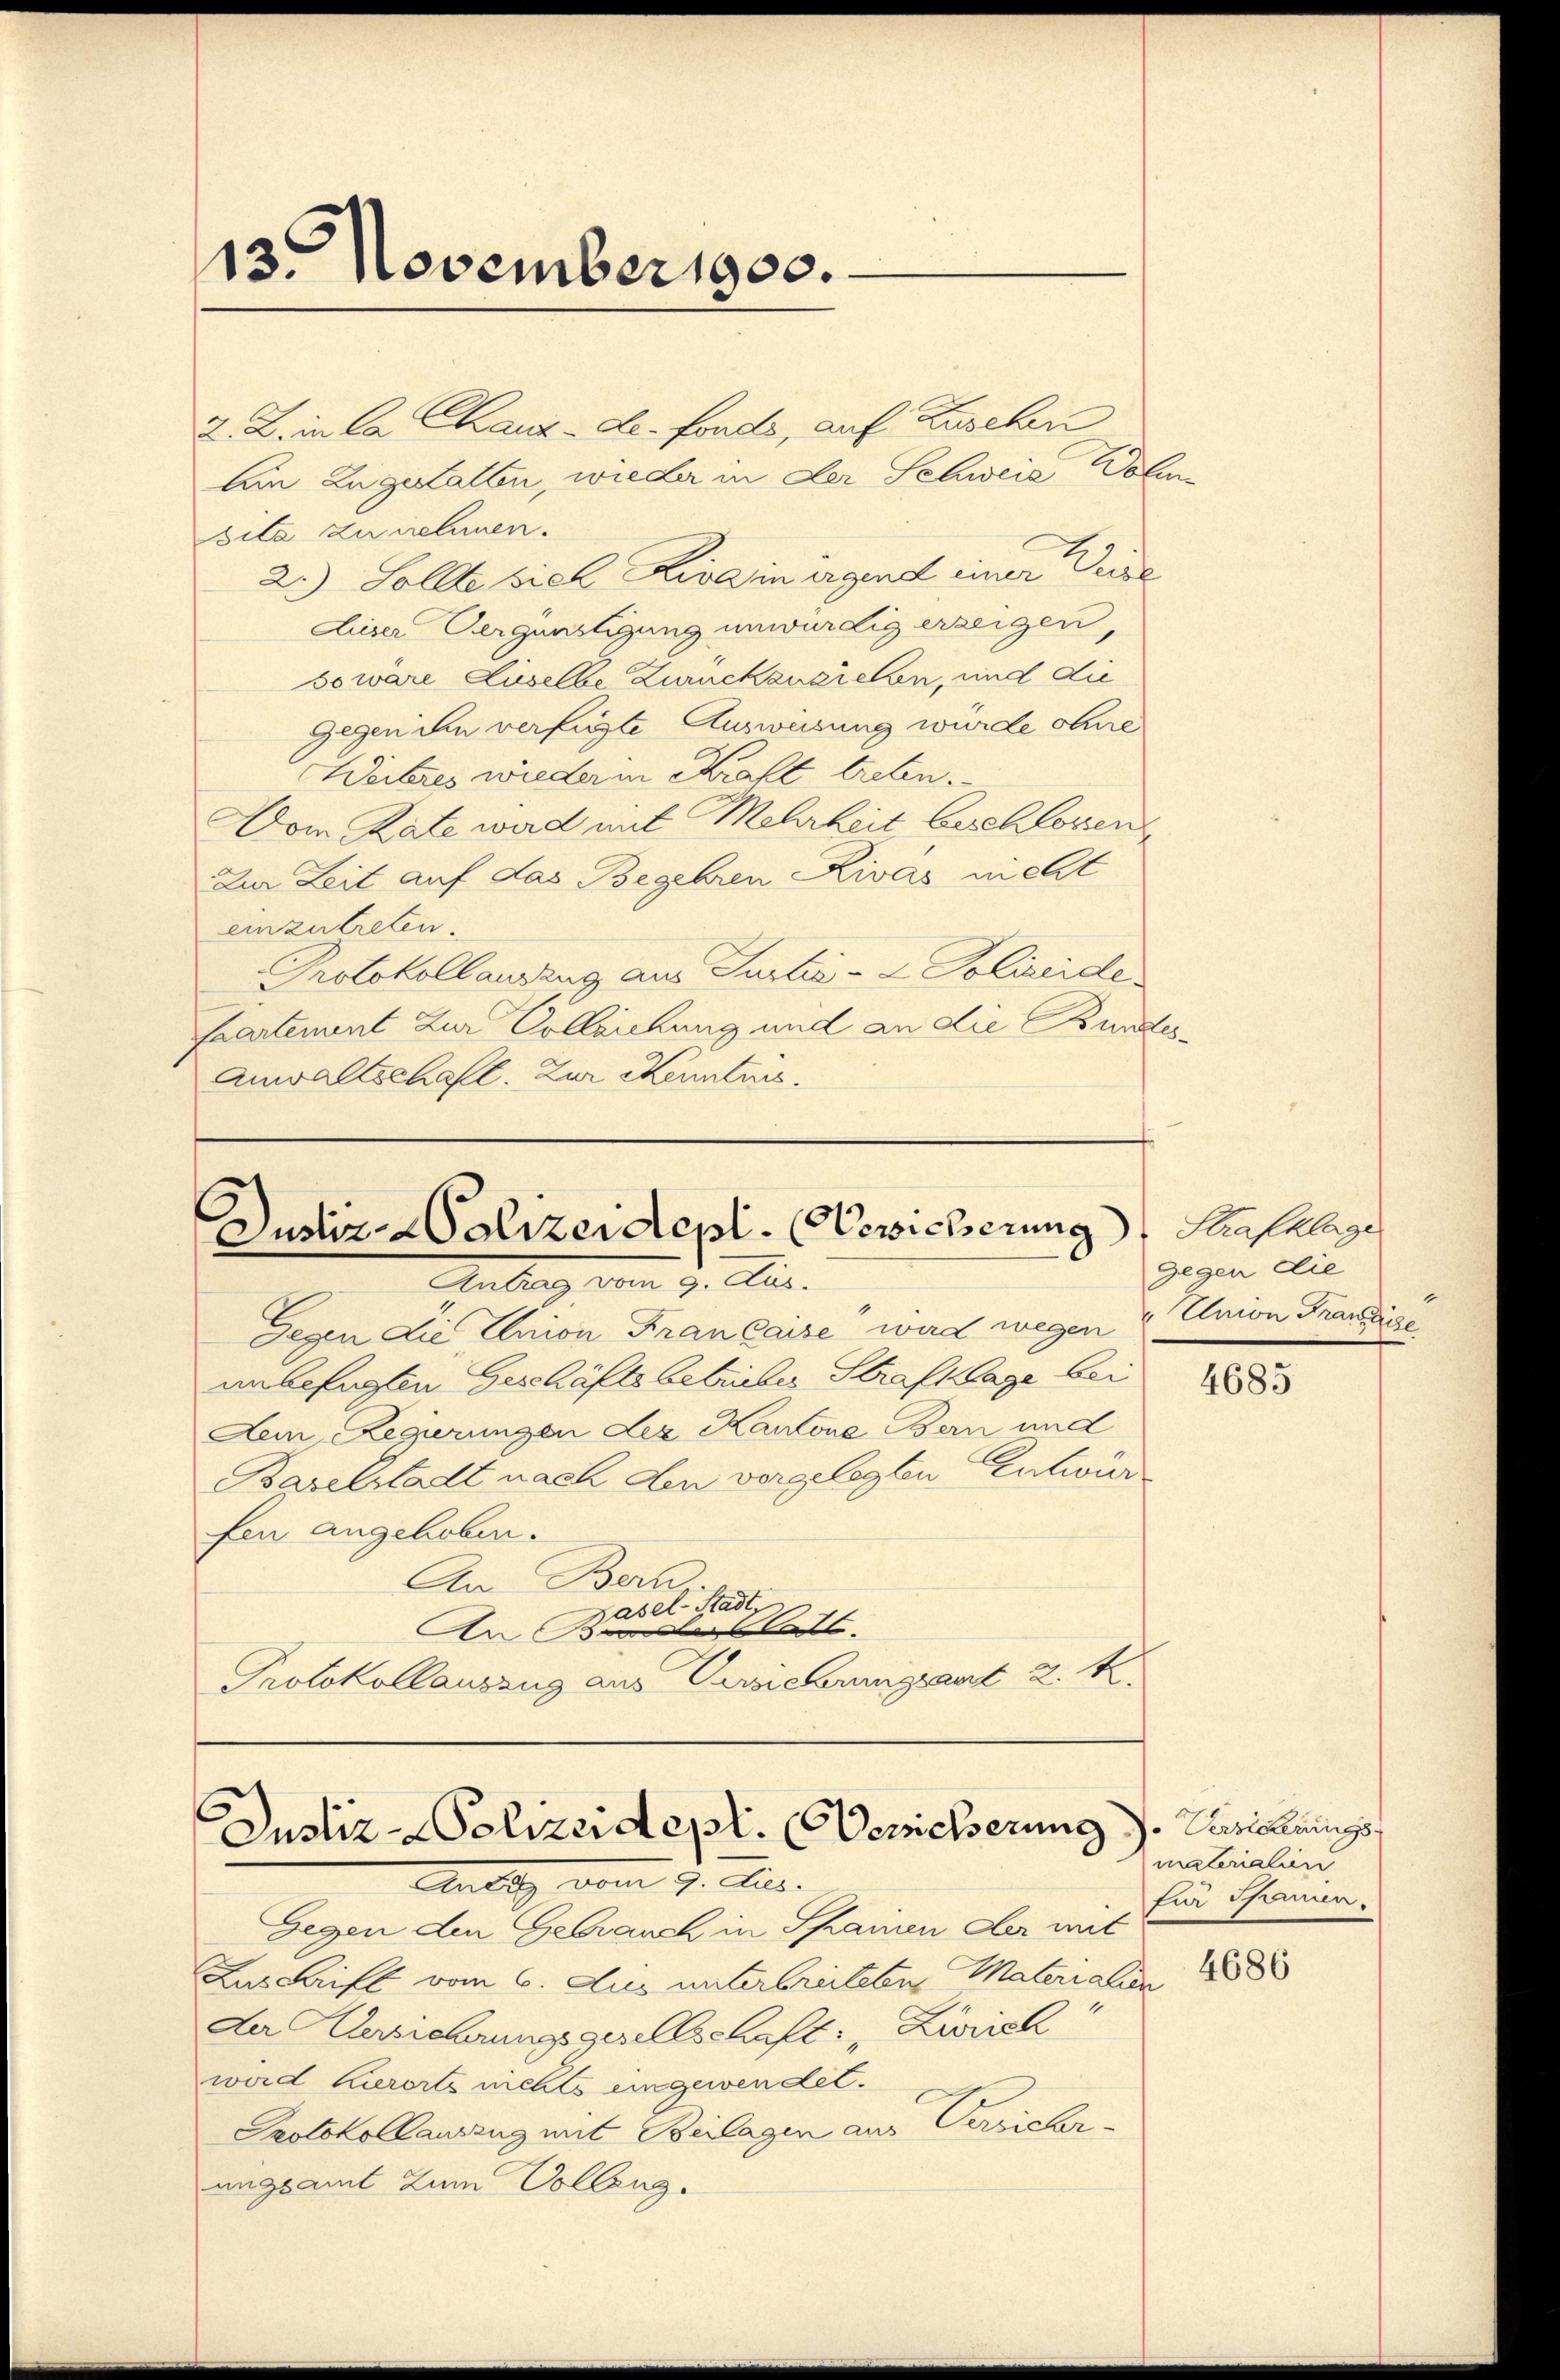
13. November 1900.

2. Z. in Ca Chaux-de-Fonds, auf Zuschen
Ain Zugestatten, wieder in der Schweid Volsita zu nehmen.
2.) Sollte viel Riva in irgend einer Weise
Aiser Vergünstigung unwürdig erzeigen,
soware Liselbe Zuckenziehen, und die
Gegen ihn verfügte Ausweisung wurde ohne
Werkeres wieder in Kraft treten.
Dem Rate wird mit Mehrheit beschlossen
Zur Zeit auf das Begehren Rivas nicht
einzutreten.
Protokollauszug aus Justiz- & Polizeide
Cartement zur Colleichung und an die Bundes¬
Anwaltschaft. Zur Kenntnis.

Justiz-Polizeident. Bericherung Haselige
Antrag vom J. Elis.

Gegen die Union Frankaise ward wegen 4 Union Franzige
unbefugten Geschäfts betrüber Strafklage bei
Lem Regierungen der Kantone Bern und
Baselstadt nach den vorgelegten Entwur
fen angehoben.
An Bern
Hasel-Stadt
An Berat
Protokollauszug aus Versicherungsant 2. k.

Justiz-Polizeidept. (Bericherung d. Kircherungs
Mulli vom 7. Aus

Gegen den Gebrauch in Schainen der mit
Das Laift vom 6. dies unterbreiteten Materialien
Der Verziehungsgesellschaft, Zürich
ward Kurorts nichts eingewendet.
Protokollauszug mit Beilagen aus Versicherungsamt zum Vollzug.

gegen die

4685

materialien
fur Sparen.

4686